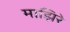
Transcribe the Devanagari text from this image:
माझिरे